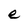
Character: e